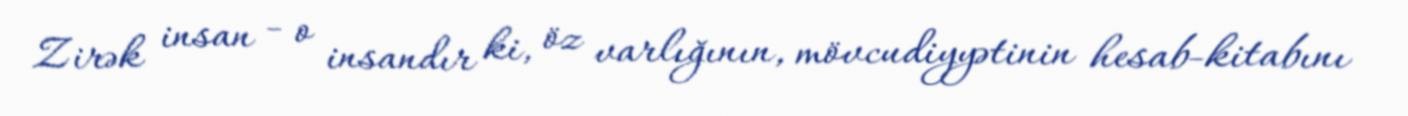
Zirək insan - o insandır ki, öz varlığının, mövcudiyyətinin hesab-kitabını